Indian journal of veterinary science and animal husbandry - Volume 10,
Year: 1940
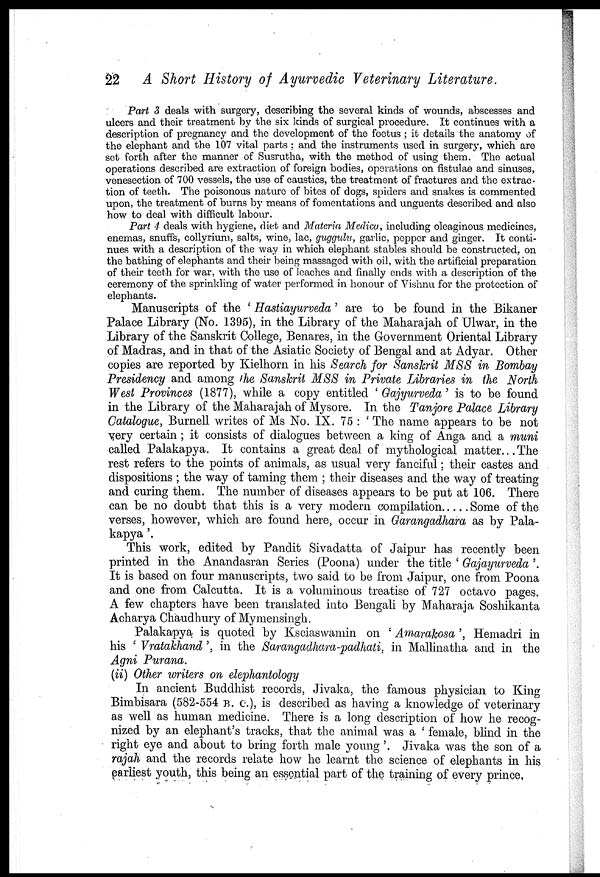
22 A Short History of Ayurvedic Veterinary Literature.
Part 3 deals with surgery, describing the several kinds of wounds, abscesses and
ulcers and their treatment by the six kinds of surgical procedure. It continues with a
description of pregnancy and the development of the foetus ; it details the anatomy of
the elephant and the 107 vital parts ; and the instruments used in surgery, which are
set forth after the manner of Susrutha, with the method of using them. The actual
operations described are extraction of foreign bodies, operations on fistulae and sinuses,
venesection of 700 vessels, the use of caustics, the treatment of fractures and the extrac-
tion of teeth. The poisonous nature of bites of dogs, spiders and snakes is commented
upon, the treatment of burns by means of fomentations and unguents described and also
how to deal with difficult labour.
Part 4 deals with hygiene, diet and Materia Medica, including oleaginous medicines,
enemas, snuffs, collyrium, salts, wine, lac, guggulu, garlic, pepper and ginger. It conti-
nues with a description of the way in which elephant stables should be constructed, on
the bathing of elephants and their being massaged with oil, with the artificial preparation
of their teeth for war, with the use of leaches and finally ends with a description of the
ceremony of the sprinkling of water performed in honour of Vishnu for the protection of
elephants.
Manuscripts of the ' Hastiayurveda' are to be found in the Bikaner
Palace Library (No. 1395), in the Library of the Maharajah of Ulwar, in the
Library of the Sanskrit College, Benares, in the Government Oriental Library
of Madras, and in that of the Asiatic Society of Bengal and at Adyar. Other
copies are reported by Kielhorn in his Search for Sanskrit MSS in Bombay
Presidency and among the Sanskrit MSS in Private Libraries in the North
West Provinces (1877), while a copy entitled ' Gajyurveda ' is to be found
in the Library of the Maharajah of Mysore. In the Tanjore Palace Library
Catalogue, Burnell writes of Ms No. IX. 75 : ' The name appears to be not
very certain ; it consists of dialogues between a king of Anga and a muni
called Palakapya. It contains a great deal of mythological matter...The
rest refers to the points of animals, as usual very fanciful; their castes and
dispositions ; the way of taming them ; their diseases and the way of treating
and curing them. The number of diseases appears to be put at 106. There
can be no doubt that this is a very modern compilation
Some of the
verses, however, which are found here, occur in Garangadhara as by Pala-
kapya '.
This work, edited by Pandit Sivadatta of Jaipur has recently been
printed in the Anandasran Series (Poona) under the title ' Gajayurveda '.
It is based on four manuscripts, two said to be from Jaipur, one from Poona
and one from Calcutta. It is a voluminous treatise of 727 octavo pages.
A few chapters have been translated into Bengali by Maharaja Soshikanta
Acharya Chaudhury of Mymensingh.
Palakapya is quoted by Ksciaswamin on ' Amurakosa ', Hemadri in
his ' Vratakhand ', in the Sarangadhara-padhati, in Mallinatha and in the
Agni Purana.
(ii) Other writers on elephantology
In ancient Buddhist records, Jivaka, the famous physician to King
Bimbisara (582-554 B. C.), is described as having a knowledge of veterinary
as well as human medicine. There is a long description of how he recog-
nized by an elephant's tracks, that the animal was a ' female, blind in the
right eye and about to bring forth male young '. Jivaka was the son of a
rajah and the records relate how he learnt the science of elephants in his
earliest youth, this being an essential part of the training of every prince.